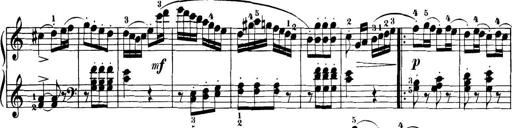
Title: 32 Sonatinas and Rondos for the Piano
Composer: Richard Kleinmichel